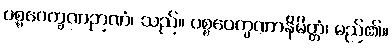
ပစ္စဝေက္ခဏဉာဏံ၊ သည်။ ပစ္စဝေက္ခဏာနိမိတ္တံ၊ မည်၏။